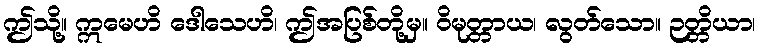
ဤသို့။ ဣမေဟိ ဒေါသေဟိ၊ ဤအပြစ်တို့မှ။ ဝိမုတ္တာယ၊ လွတ်သော။ ဉတ္တိယာ၊